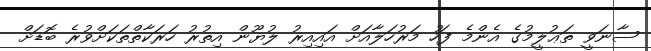
ސާނަވީ ތަޢުލީމުގެ އެންމެ ފަހު މަރުހަލާއަށް އައިއިރު ލުޔޫން އިތުރު ހަރަކާތްތަކަށްވުރެ ބޮޑަށް